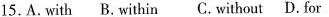
15. A. with B.within C.without D. for